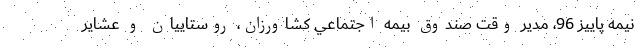
نيمه پاييز 96، مدير وقت صندوق بيمه اجتماعي كشاورزان، روستاييان و عشاير